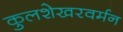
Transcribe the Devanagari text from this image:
कुलशेखरवर्मन